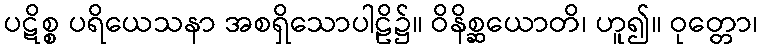
ပဋိစ္စ ပရိယေသနာ အစရှိသောပါဠိ၌။ ဝိနိစ္ဆယောတိ၊ ဟူ၍။ ဝုတ္တော၊